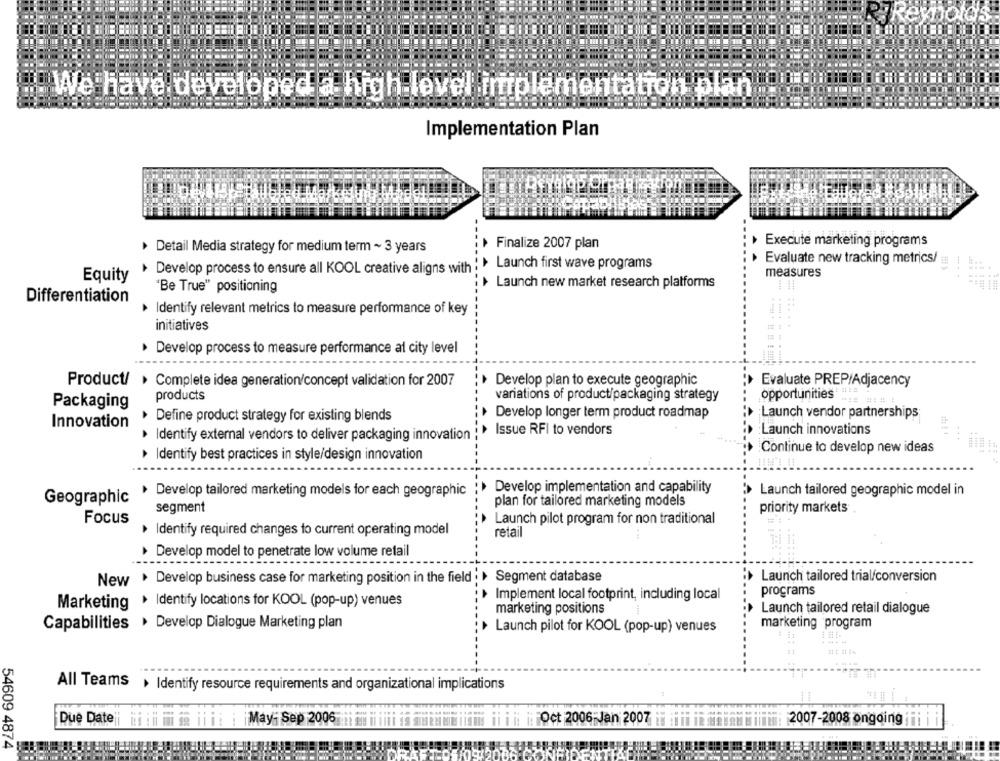
We have developed a high level implementation plan
Implementation Plan
hpC
Execute marketing programs
Detail Media strategy for medium term ~ 3 years
Finalize 2007 plan
: Launch first wave programs
Evaluate new tracking metrics/
Develop process to ensure all KOOL creative aligns with
measures
Equity
'Be True" positioning
Launch new market research platforms
Differentiation
Identify relevant metrics to measure performance of key
initiatives
....
· Develop process to measure performance al city level
Product/ > Complete idea generation/concept validation for 2007
Develop plan to execute geographic
Evaluate PREP/Adjacency
opportunities
products
variations of product/packaging strategy
Packaging
Define product strategy for existing blends
Develop longer term product roadmap
Launch vendor partnerships
Innovation
:> Issue RFI to vendors
Launch innovations
· Identify external vendors to deliver packaging innovation :
...
Continue to develop new ideas
Identify best practices in style/design innovation
Develop implementation and capability
Develop tailored marketing models for each geographic
Launch tailored geographic model in
Geographic
plan for tailored marketing models
segment
priority markets
Focus
Launch pilot program for non traditional
Identify required changes to current operating model
retail
> Develop model to penetrate low volume retail
New > Develop business case for marketing position in the field . » Segment database
: Launch tailored trial/conversion
programs
Implement local footprint, including local
Marketing . Identify locations for KOOL (pop-up) venues
marketing positions
Launch tailored retail dialogue
marketing program
Capabilities > Develop Dialogue Marketing plan
Launch pilot for KOOL (pop-up) venues
All Teams + Identify resource requirements and organizational implications
Due Date
May- Sep 2006
:FOct 2006-Jan 2007
2007-2008 ongoing if i
54609 4874